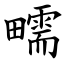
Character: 㽭